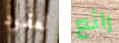
لعقود رائع